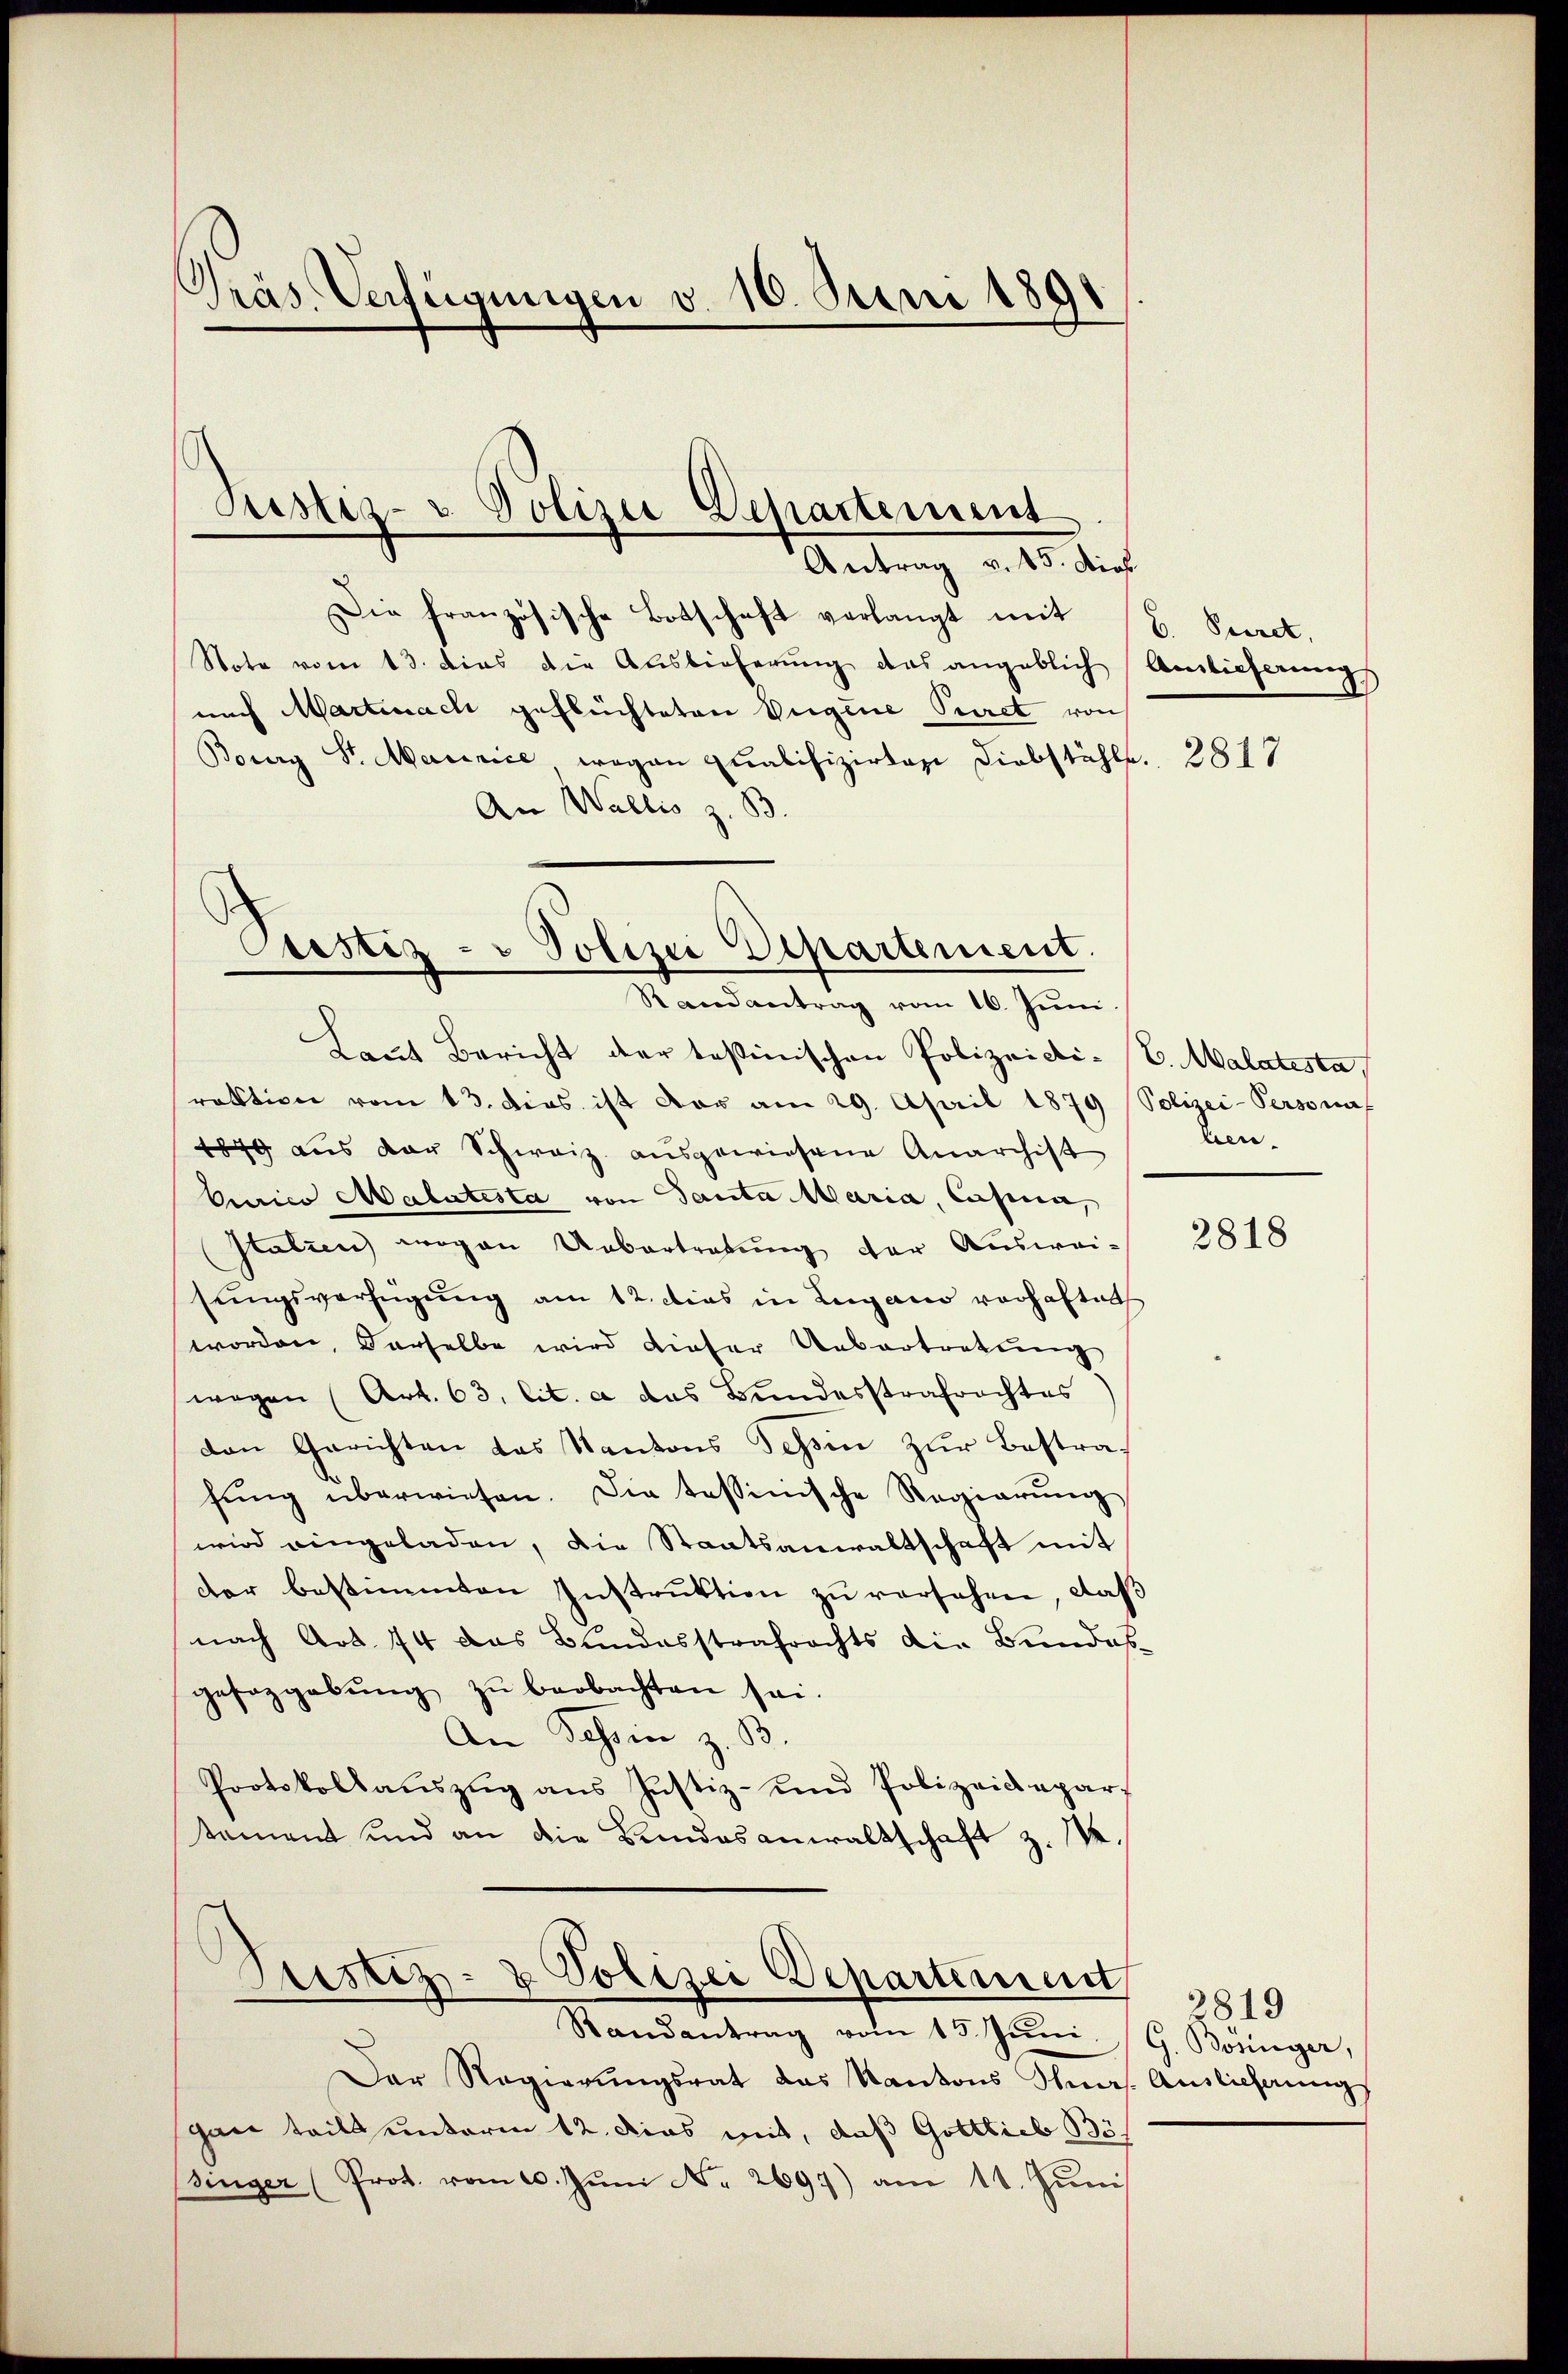
Präs. Verfügungen v. 16. Juni 1891

Die französische Botschaft verlangt mit 16. Secret.
Note vom 13. dies die Auslieferŭng des angeblich Anlieferungs
nach Martinach geflüchteten Eigene Peret von
Boury Sr. Macarice wegen Qualifizirten Diebstähle.
An Wallis z. B.
Cristiz- u Polizie Departement.

Justiz- u Polizei Departement
Antrag v. 15. Dies

Randantrag vom 16. Juni.
Laut Bericht der testinischen Polizeidi-V. Malatesta
raktion vom 13. dies ist vor am 29. April 1879 Polizei-Personaf
1849 aus der Schweiz. ausgewiesene Anarchist
Curico Malatesta von Tanta Maria, Cassa,
Halzen wogen Uebertretung der Ausweisungsverfügung am 12. dies in Lugano verhaftet
worden, derselbe wird dieser Uebertretung
wegen (Art. 63. lit. a das Bundesstrafrachtes
den Gerichten das Kantons Tessin zŭr Bestrafŭng überwiesen. Die tessinische Regierŭng
wird eingeladen, die Staatsanwaltschaft mit
der bestimmten Instrŭktion zŭ versehen, daβ
nach Art. 74 das Bundesstrafrechts die Bundesgeseggebŭng zŭ beobachten sei.
An Schin z. B.
Protokollaŭszŭg ans Justiz- und Polizeidepar-
tament und an die Bundesanwaltschaft z. B.

Justiz- & Polizei Departement,

Randantrag vom 15. Jŭni G. Bösinger,
Der Regierŭngsrat das Kantons Stras. Auslichung
gan taill unterm 12. das mit, daß Gottlieb Bösinger (Prot. vom 10. Jŭni Nr. 2697) am 11. Juni

2817

ten.

2818

3819